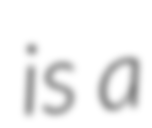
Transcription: is a